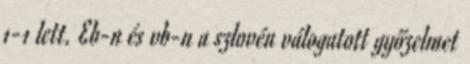
1-1 lett. Eb-n és vb-n a szlovén válogatott győzelmet